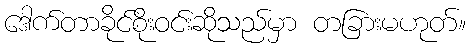
ဒေါက်တာခိုင်စိုးဝင်းဆိုသည်မှာ တခြားမဟုတ်။